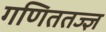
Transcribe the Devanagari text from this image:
गणिततज्ज्ञ